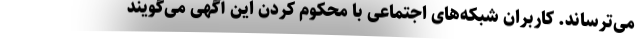
می‌ترساند. کاربران شبکه‌های اجتماعی با محکوم کردن این آگهی می‌گویند